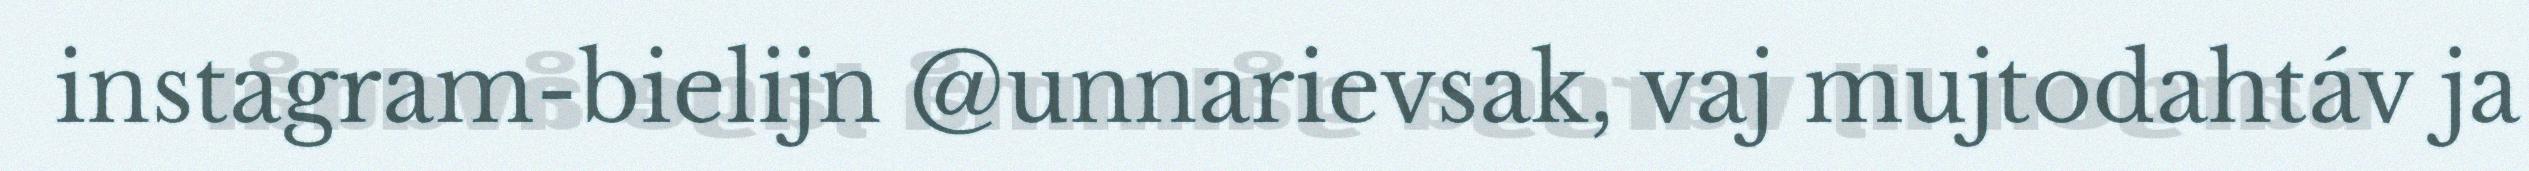
instagram-bielijn @unnarievsak, vaj mujtodahtáv ja